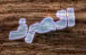
اتصرف